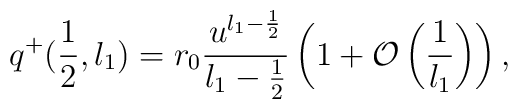
q^{+}(\frac{1}{2},l_{1}) = r_{0}\frac{u^{l_{1}-\frac{1}{2}}}{l_{1}-\frac{1}{2}}\left( 1 + {\cal O}\left( \frac{1}{l_{1}}\right) \right),